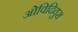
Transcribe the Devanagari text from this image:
ओविदियुस